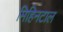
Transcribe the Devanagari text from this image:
मिहिनटाल